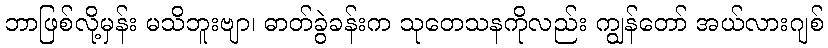
ဘာဖြစ်လို့မှန်း မသိဘူးဗျာ၊ ဓာတ်ခွဲခန်းက သုတေသနကိုလည်း ကျွန်တော် အယ်လားဂျစ်